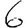
Digit: 6